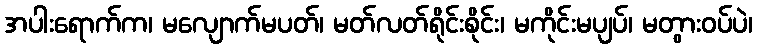
အပါးရောက်က၊ မလျောက်မပတ်၊ မတ်လတ်ရိုင်းစိုင်း၊ မကိုင်းမပျပ်၊ မတွားဝပ်ပဲ၊